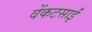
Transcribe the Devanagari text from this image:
वेंकटसाईं